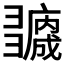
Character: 𢑻